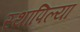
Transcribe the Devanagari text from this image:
स्थापिल्या